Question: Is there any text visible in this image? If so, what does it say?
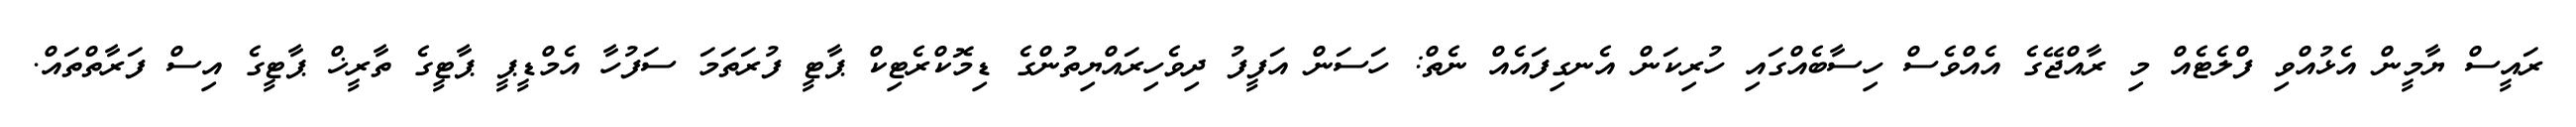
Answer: ރައީސް ޔާމީން އެޅުއްވި ފްލެޓެއް މި ރާއްޖޭގެ އެއްވެސް ހިސާބެއްގައި ހުރިކަން އެނގިފައެއް ނެތް: ހަސަން އަފީފު ދިވެހިރައްޔިތުންގެ ޑިމޮކްރެޓިކް ޕާޓީ ފުރަތަމަ ސަފުހާ އެމްޑީޕީ ޕާޓީގެ ތާރީޚް ޕާޓީގެ އިސް ފަރާތްތައް.